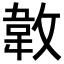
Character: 𢾝